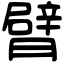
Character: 臂